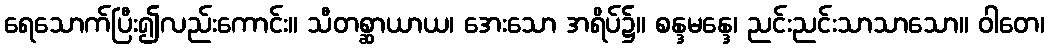
ရေသောက်ပြီး၍လည်းကောင်း။ သီတစ္ဆာယာယ၊ အေးသော အရိပ်၌။ စန္ဒမန္ဒေ၊ ညင်းညင်းသာသာသော။ ဝါတေ၊